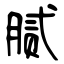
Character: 腻